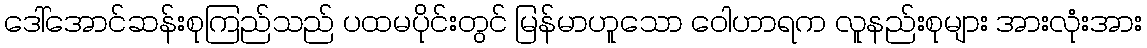
ဒေါ်အောင်ဆန်းစုကြည်သည် ပထမပိုင်းတွင် မြန်မာဟူသော ဝေါဟာရက လူနည်းစုများ အားလုံးအား